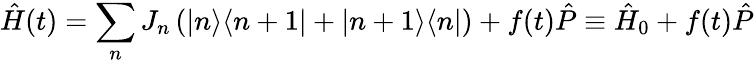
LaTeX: \hat{H}(t)=\sum_{n}J_{n}\left(|n\rangle\langle n+1|+|n+1\rangle\langle n|\right)+f(t)\hat{P}\equiv\hat{H}_{0}+f(t)\hat{P}